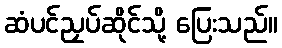
ဆံပင်ညှပ်ဆိုင်သို့ ပြေးသည်။